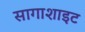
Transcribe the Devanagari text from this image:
सागाशाइट